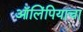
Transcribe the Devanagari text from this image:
ऑलिंपियाचा